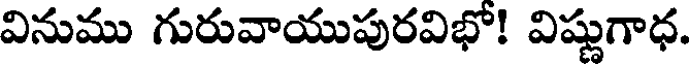
వినుము గురువాయుపురవిభో! విష్ణుగాధ.